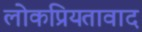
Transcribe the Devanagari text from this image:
लोकप्रियतावाद